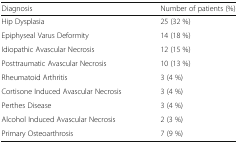
<table><thead><tr><td><b>Diagnosis</b></td><td><b>Number of patients (%)</b></td></tr></thead><tbody><tr><td>Hip Dysplasia</td><td>25 (32 %)</td></tr><tr><td>Epiphyseal Varus Deformity</td><td>14 (18 %)</td></tr><tr><td>Idiopathic Avascular Necrosis</td><td>12 (15 %)</td></tr><tr><td>Posttraumatic Avascular Necrosis</td><td>10 (13 %)</td></tr><tr><td>Rheumatoid Arthritis</td><td>3 (4 %)</td></tr><tr><td>Cortisone Induced Avascular Necrosis</td><td>3 (4 %)</td></tr><tr><td>Perthes Disease</td><td>3 (4 %)</td></tr><tr><td>Alcohol Induced Avascular Necrosis</td><td>2 (3 %)</td></tr><tr><td>Primary Osteoarthrosis</td><td>7 (9 %)</td></tr></tbody></table>